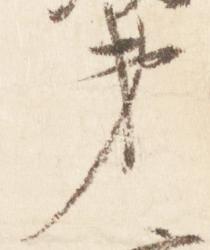
第